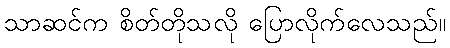
သာဆင်က စိတ်တိုသလို ပြောလိုက်လေသည်။